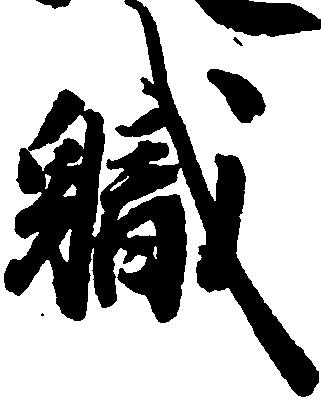
職